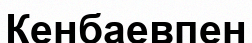
Кенбаевпен